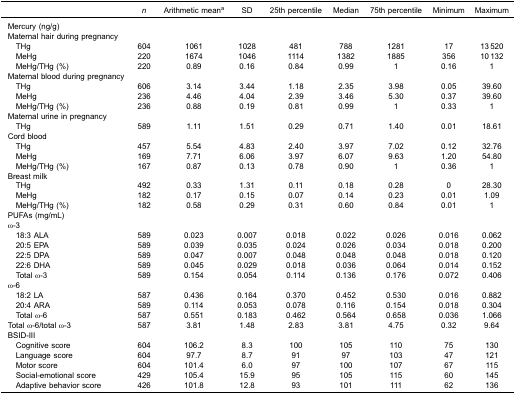
<table><thead><tr><td><b> </b></td><td><b><i>n</i></b></td><td><b>Arithmetic mean<sup>a</sup></b></td><td><b>SD</b></td><td><b>25th percentile</b></td><td><b>Median</b></td><td><b>75th percentile</b></td><td><b>Minimum</b></td><td><b>Maximum</b></td></tr></thead><tbody><tr><td>Mercury (ng/g)</td><td> </td><td> </td><td> </td><td> </td><td> </td><td> </td><td> </td><td> </td></tr><tr><td>Maternal hair during pregnancy</td><td> </td><td> </td><td> </td><td> </td><td> </td><td> </td><td> </td><td> </td></tr><tr><td> THg</td><td>604</td><td>1061</td><td>1028</td><td>481</td><td>788</td><td>1281</td><td>17</td><td>13 520</td></tr><tr><td> MeHg</td><td>220</td><td>1674</td><td>1046</td><td>1114</td><td>1382</td><td>1885</td><td>356</td><td>10 132</td></tr><tr><td> MeHg/THg (%)</td><td>220</td><td>0.89</td><td>0.16</td><td>0.84</td><td>0.99</td><td>1</td><td>0.16</td><td>1</td></tr><tr><td>Maternal blood during pregnancy</td><td> </td><td> </td><td> </td><td> </td><td> </td><td> </td><td> </td><td> </td></tr><tr><td> THg</td><td>606</td><td>3.14</td><td>3.44</td><td>1.18</td><td>2.35</td><td>3.98</td><td>0.05</td><td>39.60</td></tr><tr><td> MeHg</td><td>236</td><td>4.46</td><td>4.04</td><td>2.39</td><td>3.46</td><td>5.30</td><td>0.37</td><td>39.60</td></tr><tr><td> MeHg/THg (%)</td><td>236</td><td>0.88</td><td>0.19</td><td>0.81</td><td>0.99</td><td>1</td><td>0.33</td><td>1</td></tr><tr><td>Maternal urine in pregnancy</td><td> </td><td> </td><td> </td><td> </td><td> </td><td> </td><td> </td><td> </td></tr><tr><td> THg</td><td>589</td><td>1.11</td><td>1.51</td><td>0.29</td><td>0.71</td><td>1.40</td><td>0.01</td><td>18.61</td></tr><tr><td>Cord blood</td><td> </td><td> </td><td> </td><td> </td><td> </td><td> </td><td> </td><td> </td></tr><tr><td> THg</td><td>457</td><td>5.54</td><td>4.83</td><td>2.40</td><td>3.97</td><td>7.02</td><td>0.12</td><td>32.76</td></tr><tr><td> MeHg</td><td>169</td><td>7.71</td><td>6.06</td><td>3.97</td><td>6.07</td><td>9.63</td><td>1.20</td><td>54.80</td></tr><tr><td> MeHg/THg (%)</td><td>167</td><td>0.87</td><td>0.13</td><td>0.78</td><td>0.90</td><td>1</td><td>0.36</td><td>1</td></tr><tr><td>Breast milk</td><td> </td><td> </td><td> </td><td> </td><td> </td><td> </td><td> </td><td> </td></tr><tr><td> THg</td><td>492</td><td>0.33</td><td>1.31</td><td>0.11</td><td>0.18</td><td>0.28</td><td>0</td><td>28.30</td></tr><tr><td> MeHg</td><td>182</td><td>0.17</td><td>0.15</td><td>0.07</td><td>0.14</td><td>0.23</td><td>0.01</td><td>1.09</td></tr><tr><td> MeHg/THg (%)</td><td>182</td><td>0.58</td><td>0.29</td><td>0.31</td><td>0.60</td><td>0.84</td><td>0.01</td><td>1</td></tr><tr><td>PUFAs (mg/mL)</td><td> </td><td> </td><td> </td><td> </td><td> </td><td> </td><td> </td><td> </td></tr><tr><td>ω-3</td><td> </td><td> </td><td> </td><td> </td><td> </td><td> </td><td> </td><td> </td></tr><tr><td> 18:3 ALA</td><td>589</td><td>0.023</td><td>0.007</td><td>0.018</td><td>0.022</td><td>0.026</td><td>0.016</td><td>0.062</td></tr><tr><td> 20:5 EPA</td><td>589</td><td>0.039</td><td>0.035</td><td>0.024</td><td>0.026</td><td>0.034</td><td>0.018</td><td>0.200</td></tr><tr><td> 22:5 DPA</td><td>589</td><td>0.047</td><td>0.007</td><td>0.048</td><td>0.048</td><td>0.048</td><td>0.018</td><td>0.120</td></tr><tr><td> 22:6 DHA</td><td>589</td><td>0.045</td><td>0.029</td><td>0.018</td><td>0.036</td><td>0.064</td><td>0.014</td><td>0.152</td></tr><tr><td> Total ω-3</td><td>589</td><td>0.154</td><td>0.054</td><td>0.114</td><td>0.136</td><td>0.176</td><td>0.072</td><td>0.406</td></tr><tr><td>ω-6</td><td> </td><td> </td><td> </td><td> </td><td> </td><td> </td><td> </td><td> </td></tr><tr><td> 18:2 LA</td><td>587</td><td>0.436</td><td>0.164</td><td>0.370</td><td>0.452</td><td>0.530</td><td>0.016</td><td>0.882</td></tr><tr><td> 20:4 ARA</td><td>589</td><td>0.114</td><td>0.053</td><td>0.078</td><td>0.116</td><td>0.154</td><td>0.018</td><td>0.304</td></tr><tr><td> Total ω-6</td><td>587</td><td>0.551</td><td>0.183</td><td>0.462</td><td>0.564</td><td>0.658</td><td>0.036</td><td>1.066</td></tr><tr><td>Total ω-6/total ω-3</td><td>587</td><td>3.81</td><td>1.48</td><td>2.83</td><td>3.81</td><td>4.75</td><td>0.32</td><td>9.64</td></tr><tr><td>BSID-III</td><td> </td><td> </td><td> </td><td> </td><td> </td><td> </td><td> </td><td> </td></tr><tr><td> Cognitive score</td><td>604</td><td>106.2</td><td>8.3</td><td>100</td><td>105</td><td>110</td><td>75</td><td>130</td></tr><tr><td> Language score</td><td>604</td><td>97.7</td><td>8.7</td><td>91</td><td>97</td><td>103</td><td>47</td><td>121</td></tr><tr><td> Motor score</td><td>604</td><td>101.4</td><td>6.0</td><td>97</td><td>100</td><td>107</td><td>67</td><td>115</td></tr><tr><td> Social-emotional score</td><td>429</td><td>105.4</td><td>15.9</td><td>95</td><td>105</td><td>115</td><td>60</td><td>145</td></tr><tr><td> Adaptive behavior score</td><td>426</td><td>101.8</td><td>12.8</td><td>93</td><td>101</td><td>111</td><td>62</td><td>136</td></tr></tbody></table>